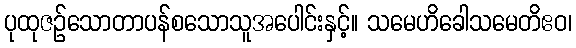
ပုထုဇဉ်သောတာပန်စသောသူအပေါင်းနှင့်။ သမေဟိခေါသမေတိဧဝ၊